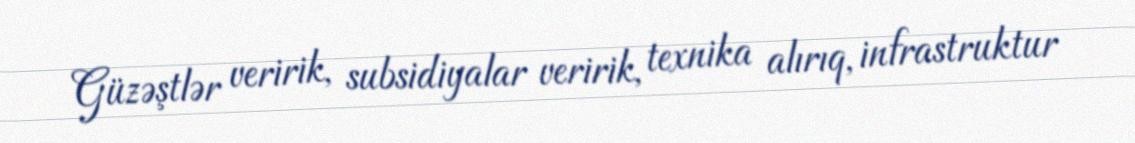
Güzəştlər veririk, subsidiyalar veririk, texnika alırıq, infrastruktur